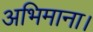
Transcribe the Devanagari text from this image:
अभिमाना।